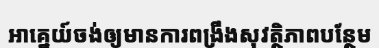
អាគ្នេយ៍ចង់ឲ្យមានការពង្រឹងសុវត្ថិភាពបន្ថែម